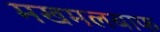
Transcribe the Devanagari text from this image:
मखमलबाफ